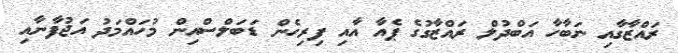
ރައްޒާގާއި ނަބާހާ އަބްދުލް ރައްޒާގުގެ ޕެއާ އާއި ފިރިހެން ޑަބަލްސްއިން މުހައްމަދު އަޖުފާނާއި